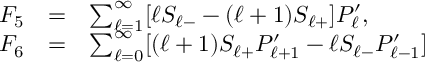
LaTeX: \begin{array} { r c l } { { { \cal F } _ { 5 } } } & { { = } } & { { \sum _ { \ell = 1 } ^ { \infty } [ \ell S _ { \ell - } - ( \ell + 1 ) S _ { \ell + } ] P _ { \ell } ^ { \prime } , } } \\ { { { \cal F } _ { 6 } } } & { { = } } & { { \sum _ { \ell = 0 } ^ { \infty } [ ( \ell + 1 ) S _ { \ell + } P _ { \ell + 1 } ^ { \prime } - \ell S _ { \ell - } P _ { \ell - 1 } ^ { \prime } ] } } \end{array}